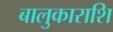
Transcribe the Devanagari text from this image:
बालुकाराशि